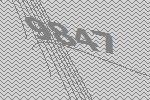
9847